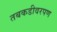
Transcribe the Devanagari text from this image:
तबकडीवरपण